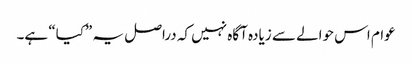
عوام اس حوالے سے زیادہ آگاہ نہیں کہ دراصل یہ ”کیا“ ہے۔